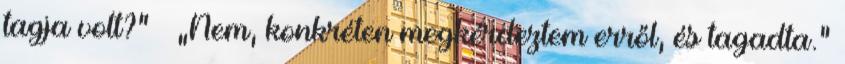
tagja volt?” – „Nem, konkréten megkérdeztem erről, és tagadta.”